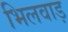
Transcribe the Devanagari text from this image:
भिलवाड़